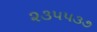
૨૩૫૫૩૭